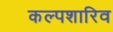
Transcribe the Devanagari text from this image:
कल्पशारिव